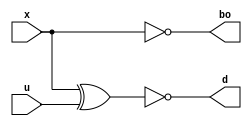
//CSMD
//Sepehr Razmyar 2020
module CSMD (
          x,
          u,
          bo,
          d
  );

  //y = 1 b = 0

  input x, u;
  output bo, d;

  assign bo = ~x;
  assign d = ~(x ^ u);

endmodule